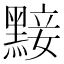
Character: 𪑗